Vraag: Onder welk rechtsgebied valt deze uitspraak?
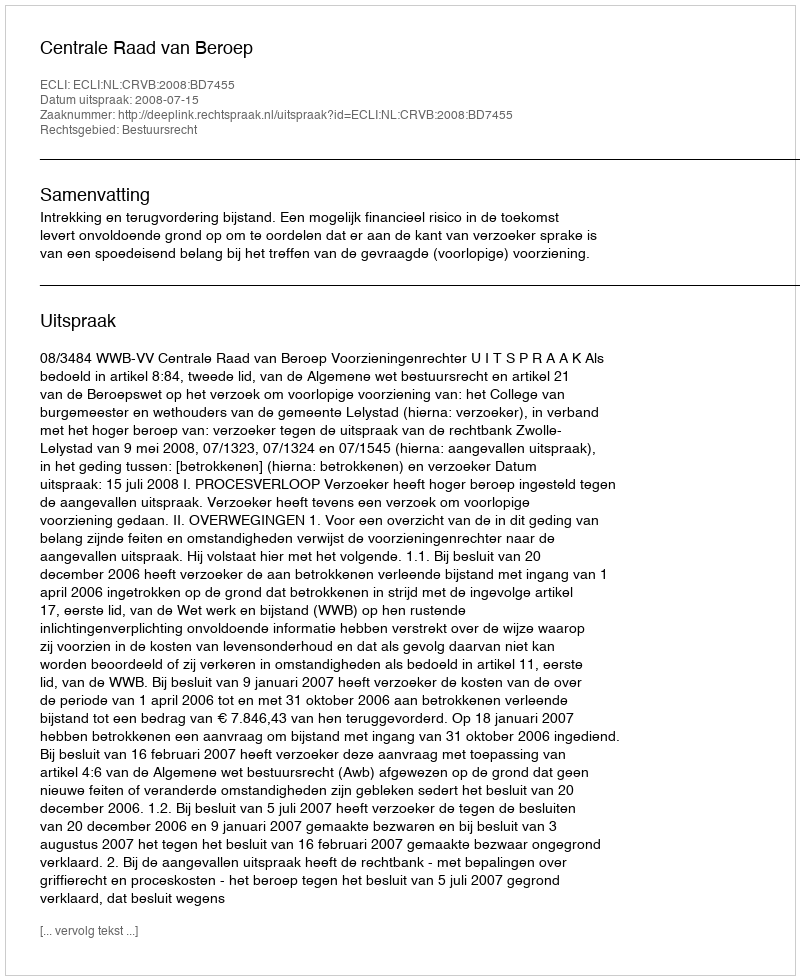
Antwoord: Bestuursrecht